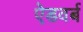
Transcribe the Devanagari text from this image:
ऐडवर्ब